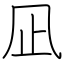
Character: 凪